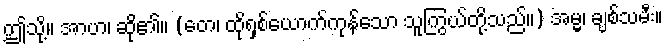
ဤသို့။ အာဟ၊ ဆို၏။ (တေ၊ ထိုရှစ်ယောက်ကုန်သော သူကြွယ်တို့သည်။) အမ္မ၊ ချစ်သမီး။